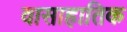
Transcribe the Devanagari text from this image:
वासाहातिक